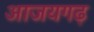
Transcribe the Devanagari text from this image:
आजयगढ़